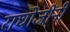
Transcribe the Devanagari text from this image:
राघोजींनी